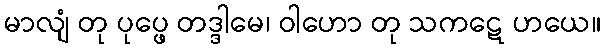
မာလျံ တု ပုပ္ဖေ တဒ္ဒါမေ၊ ဝါဟော တု သကဋေ ဟယေ။